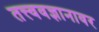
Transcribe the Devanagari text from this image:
तत्त्ववज्ञानावर